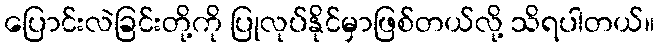
ပြောင်းလဲခြင်းတို့ကို ပြုလုပ်နိုင်မှာဖြစ်တယ်လို့ သိရပါတယ်။